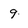
Character: 9